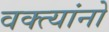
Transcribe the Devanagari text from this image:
वक्त्यांनो